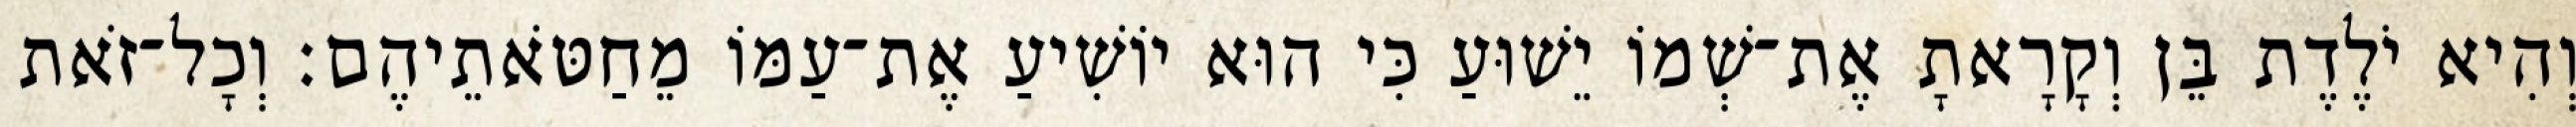
וְהִיא יֹלֶדֶת בֵּן וְקָרָאתָ אֶת־שְׁמוֹ יֵשׁוּעַ כִּי הוּא יוֹשִׁיעַ אֶת־עַמּוֹ מֵחַטֹּאתֵיהֶם׃ וְכָל־זֹאת